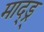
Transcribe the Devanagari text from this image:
माद्ड्र्